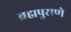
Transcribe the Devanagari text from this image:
ब्रह्मपुराणे